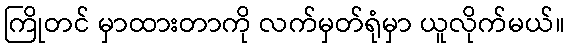
ကြိုတင် မှာထားတာကို လက်မှတ်ရုံမှာ ယူလိုက်မယ်။